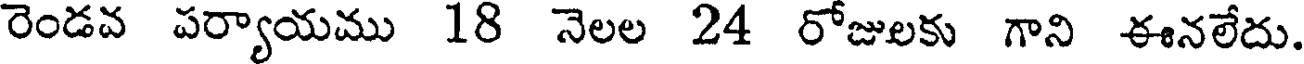
రెండవ పర్యాయము 18 నెలల 24 రోజులకు గాని ఈనలేదు.